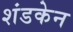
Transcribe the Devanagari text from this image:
शंडकेन